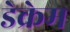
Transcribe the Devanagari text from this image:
डेक्रेम